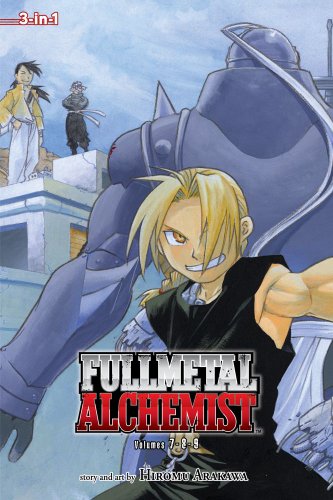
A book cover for Fullmetal Alchemist, Vol. 7-9 (Fullmetal Alchemist 3-in-1); Hiromu Arakawa; Teen & Young Adult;